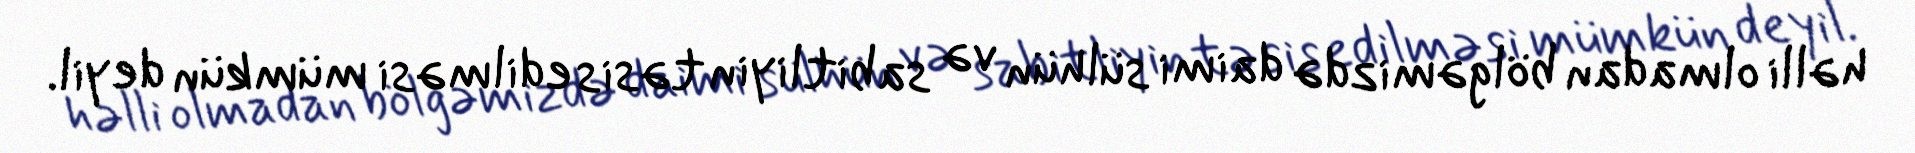
həlli olmadan bölgəmizdə daimi sülhün və sabitliyin təsis edilməsi mümkün deyil.